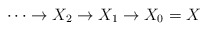
\begin{align*}\cdots \to X_2\to X_1\to X_0=X\end{align*}